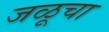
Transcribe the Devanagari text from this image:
जळूचा